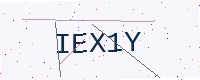
Text: IEX1Y